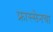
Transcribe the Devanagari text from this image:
फ्रास्सेनचा